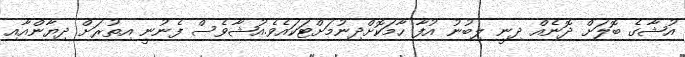
އުޝާގެ ބޮލަށް ދޮނެއް ދިނީ ލިބުނު އުފާ ހާމަކޮށްދިނުމަށްޓަކައެވެ.އުޝާވެސް ފެނުނީ އިތުރަށް ދިޔާންއާއި